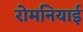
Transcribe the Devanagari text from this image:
रोमनियाई